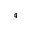
_ 4